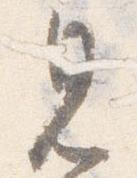
見